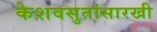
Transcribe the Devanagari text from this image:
केशवसुतांसारखी